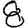
Digit: 8